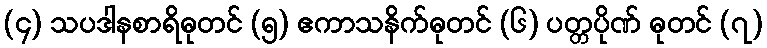
(၄) သပဒါနစာရိဓုတင် (၅) ဧကာသနိက်ဓုတင် (၆) ပတ္တပိုဏ် ဓုတင် (၇)